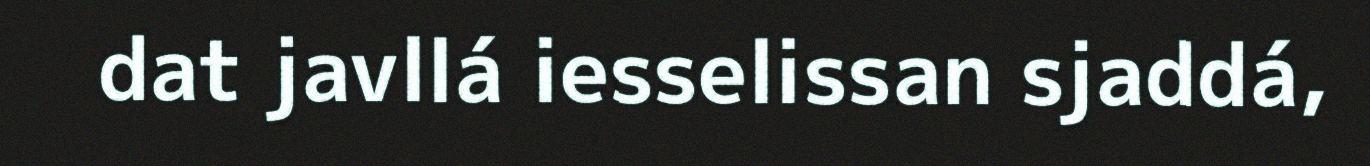
dat javllá iesselissan sjaddá,